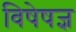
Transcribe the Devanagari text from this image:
विषेषज्ञ